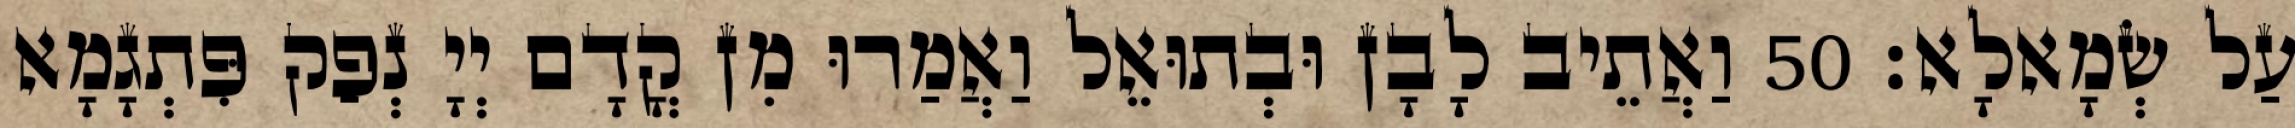
עַל שְׂמָאלָא׃ 50 וַאֲתֵיב לָבָן וּבְתוּאֵל וַאֲמַרוּ מִן קֳדָם יְיָ נְפַק פִּתְגָמָא